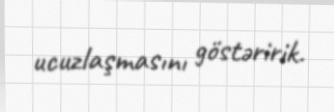
ucuzlaşmasını göstəririk.